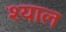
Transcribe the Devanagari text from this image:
श्याल